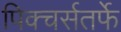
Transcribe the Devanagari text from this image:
पिक्चर्सतर्फे